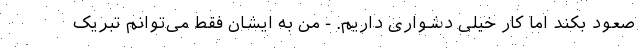
صعود بکند اما کار خیلی دشواری داریم. - من به ایشان فقط می‌توانم تبریک